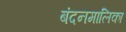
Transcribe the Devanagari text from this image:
बंदनमालिका